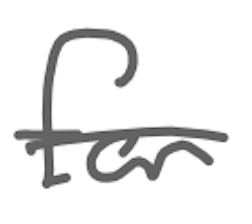
Text: for
Cross-out: single-line
Writing tool: digital_gray